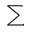
\displaystyle \sum